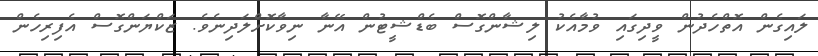
ލައިގެން އޮތްހެދުން ވީދިގައި ވުމާއެކު ލިޝާންގޮސް ބެޑްޝީޓުން އޭނާ ނިވާކޮށްލަދިނެވެ. ޒަކްޔަންގޮސް އެފިރިހެން